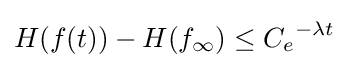
H(f(t))-H(f_{\infty })\leq {C_{e}}^{-{\lambda }t}